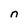
Character: n